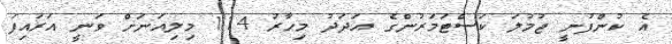
އެ ކުންފުނީ ޖުމުލަ ކަސްޓަމަރުންގެ އަދަދު މިހާރު 114 މިލިއަނަށް ވަނީ އަރައިފަ